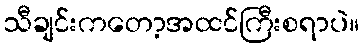
သီချင်းကတော့အထင်ကြီးစရာပဲ။